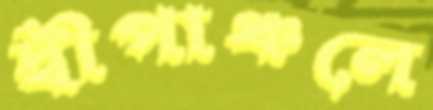
দ্বীপাঞ্চলে